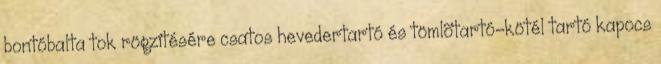
bontóbalta tok rögzítésére csatos hevedertartó és tömlõtartó-kötél tartó kapocs